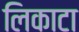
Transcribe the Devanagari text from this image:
लिकाटा